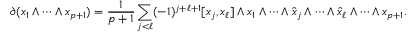
\partial ( x _ { 1 } \wedge \cdots \wedge x _ { p + 1 } ) = { \frac { 1 } { p + 1 } } \sum _ { j < \ell } ( - 1 ) ^ { j + \ell + 1 } [ x _ { j } , x _ { \ell } ] \wedge x _ { 1 } \wedge \cdots \wedge { \hat { x } } _ { j } \wedge \cdots \wedge { \hat { x } } _ { \ell } \wedge \cdots \wedge x _ { p + 1 } .